Tallinna_kinnistusamet, lk 11
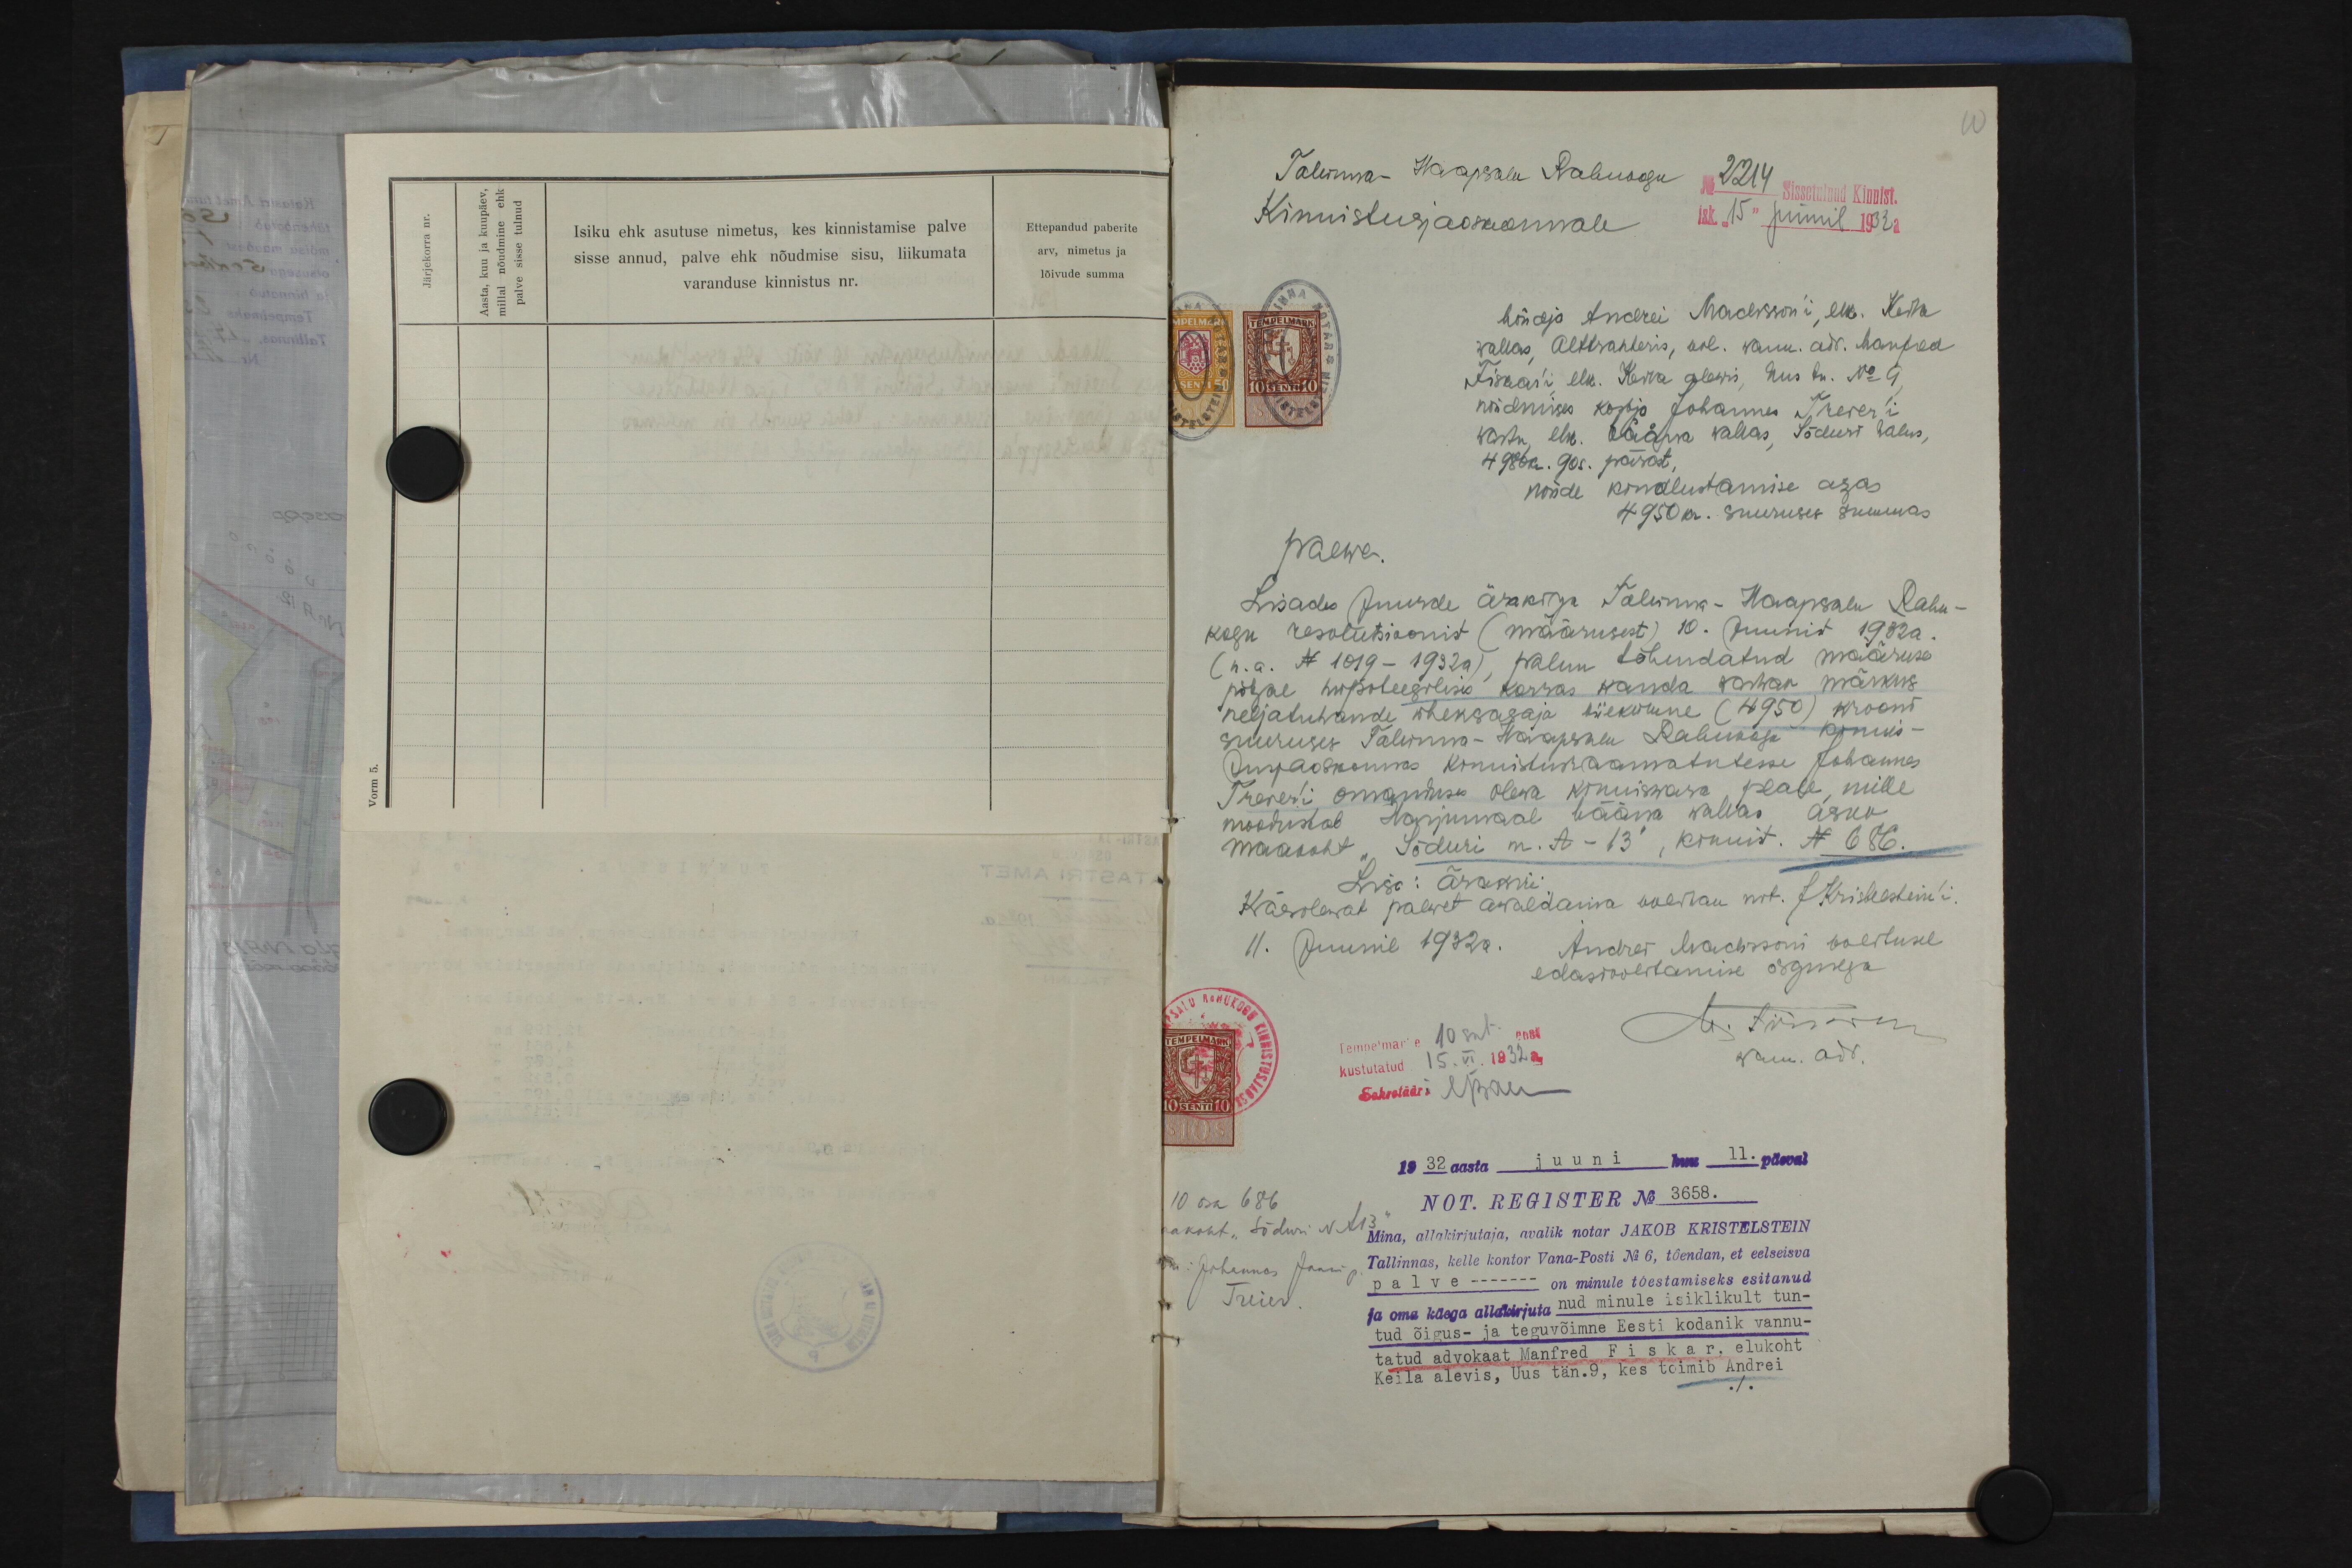
Isiku ehk asutuse nimetus, kes kinnistamise palve
sisse annud, palve ehk nõudmise sisu, liikumata
varanduse kinnistus nr.

Ettepandud paberite
arv, nimetus ja
lõivude summa

10
Tallinna-Haapsalu Rahukogu
2214
Kinnistusjaoskonnale
--Sissetulnud Kinnist.
jsk. "15" juunil 1932 a
Nõudja Andrei Madisson'i, elk. Kehra
wallas, Alttrahteris, vol. wann. adv. Manfed
Fiskar'i elk. Kehra alewis, Uus tn. No 9
nõudmises kostja Johannes Treier'i
wastu, elk. Vääna wallas, Sõduri talus,
4986 kr. 90 s. pärast,
nõude kindlustamise asjas
4950 kr. suuruses summas
Palwe.
Lisades juurde ärakirja Tallinna-Haapsalu Rahu-
kogu resolutsioonist (määrusest) 10. Juunist 1932 a.
n.a. N 1019 - 1932 a), palun tähendatud määruse
põhjal hüpoteegilises korras kanda vastav märkus.
neljatuhande üheksasaja wiiekümne (4950) krooni
suuruses Tallinna-Haapsalu Rahukogu kinnis-
tusjaoskonna kinnistusraamatutesse Johannes
Treier'i omanduses olewa kinniswara peale, mille
moodustab Harjumaal Wääna wallas asuv
maakoht "Sõduri m. A-13", kinnist. N 686.
Käesolewat palwet awaldama volitan not. JKristeltein'i
Lisa: ärakiri
11. Juunil 1932 a.
Andres Madissoni volitusel.
edasiwolitamise õigusega
ta. Irinawar
kustutatud 15. VI. 1932 a.
Tempelmarke 10 snt eest
wam. adv.
Sekretääri Nppan
1932 aasta juuni kuu 11. päeval
10 osa 686
NOT. REGISTER No 3658.
aakoht "Sõduri N A13
Mina, allakirjutaja, avalik notar JAKOB KRISTELSTEIN
m. Johannas Jaani p.
Tallinnas, kelle kontor Vana-Posti No 6, tõendan, et eelseisva
palve --- minule tõestamiseks esitanud
Treier
ja oma käega allakirjutanud minule isiklikult tun-
tud õigus- ja teguvõimne Eesti kodanik vannu-
tatud advokaat Manfred Fiskar, elukoht
Keila alevis, Uus tän. 9, kes toimib Andrei